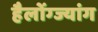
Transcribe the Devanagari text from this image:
हैलोंग्ज्यांग